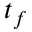
t _ { f }